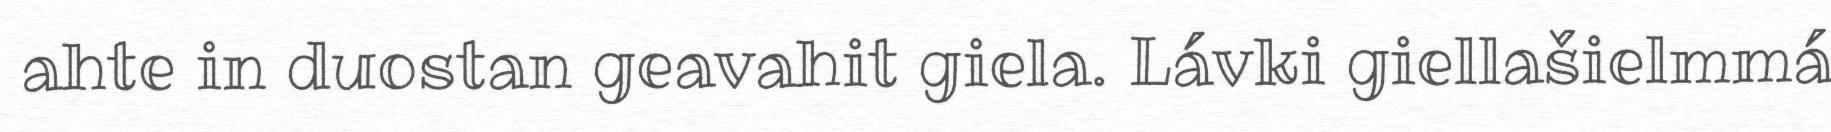
ahte in duostan geavahit giela. Lávki giellašielmmá